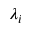
\lambda _ { i }